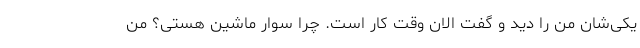
یکی‌شان من را دید و گفت الان وقت کار است. چرا سوار ماشین هستی؟ من